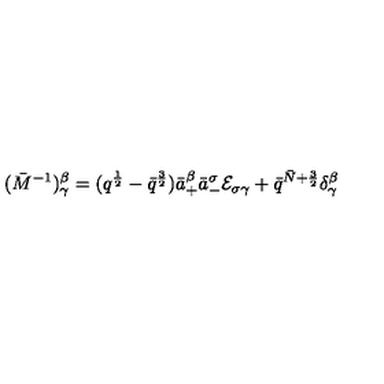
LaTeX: ( \bar { M } ^ { - 1 } ) _ { \gamma } ^ { \beta } = ( q ^ { { \frac { 1 } { 2 } } } - \bar { q } ^ { { \frac { 3 } { 2 } } } ) \bar { a } _ { + } ^ { \beta } \bar { a } _ { - } ^ { \sigma } { \cal E } _ { \sigma \gamma } + \bar { q } ^ { \bar { N } + { \frac { 3 } { 2 } } } \delta _ { \gamma } ^ { \beta }